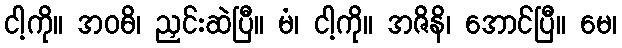
ငါ့ကို။ အဝဓိ၊ ညှင်းဆဲပြီ။ မံ၊ ငါ့ကို။ အဇိနိ၊ အောင်ပြီ။ မေ၊